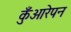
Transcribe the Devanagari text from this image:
कुँआरेपन